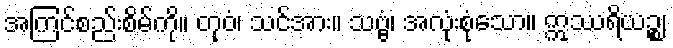
အကြင်စည်းစိမ်ကို။ တုဝံ၊ သင်အား။ သဗ္ဗံ၊ အလုံးစုံသော။ ဣဿရိယဉ္စ၊